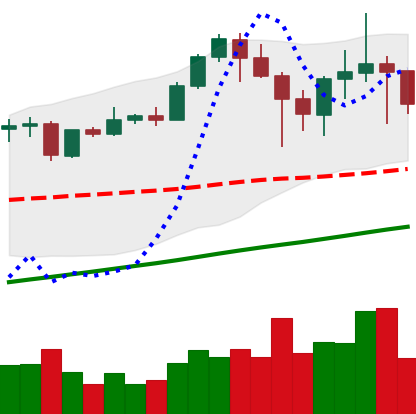
Ticker: ETH-USD
Chart end date: 2021-04-24
Forward return: 24.654%
Label: up_7plus